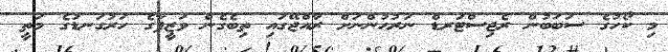
މި ކޯހުގެ ސަބަބުން ރެޖިސްޓަރޑް ނަރުހުންނަށް ރާއްޖޭގައި ތިބެގެން ވަޒީފާގެ ހަރުގަނޑުގެ މަތީ